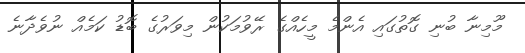
މޫމިނާ ބުނި ގޮތުގައި އެންމެ މީހެއްގެ ރޭވުމަކުން މިވަރުގެ ބޮޑު ކަމެއް ނުވެދާނެ